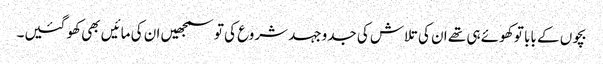
بچوں کے بابا تو کھوئے ہی تھے ان کی تلاش کی جدوجہد شروع کی تو سمجھیں ان کی مائیں بھی کھو گئیں۔